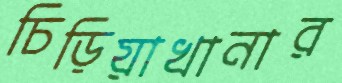
চিড়িয়াখানার